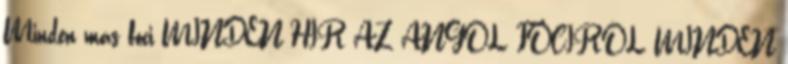
Minden más foci MINDEN HÍR AZ ANGOL FOCIRÓL MINDEN